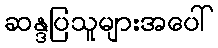
ဆန္ဒပြသူများအပေါ်